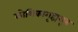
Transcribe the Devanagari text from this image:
कोशिकागृह्यसूत्र